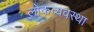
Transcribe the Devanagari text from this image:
लोकव्यवस्था